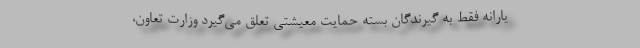
یارانه فقط به گیرندگان بسته حمایت معیشتی تعلق می‌گیرد وزارت تعاون،